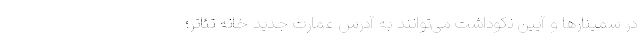
در سمینارها و آیین نکوداشت می‌توانند به آدرس عمارت جدید خانه تئاتر؛